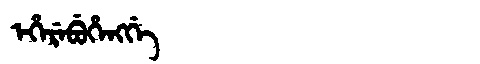
Manchu: ᡝᡥᡝᡵᡝᠪᡠᡥᡝᠩᡤᡝ
Romanization: EHEREBUHENGGE